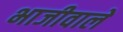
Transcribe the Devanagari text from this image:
भाजीवाले